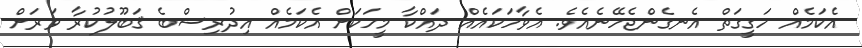
އެކަމެއް ހަގީގަތް އެނގެންޖެހޭނެއެވެ. އެވާހަކައެއް ދައްކާ މީހަކަށް އެކަމެއް އިދުރިސްބެ ޤަބޫލުކުރާ ވަރަށް